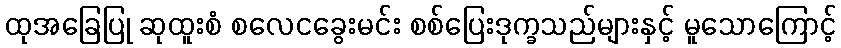
ထုအခြေပြု ဆုထူးစံ စလေငခွေးမင်း စစ်ပြေးဒုက္ခသည်များနှင့် မူသောကြောင့်